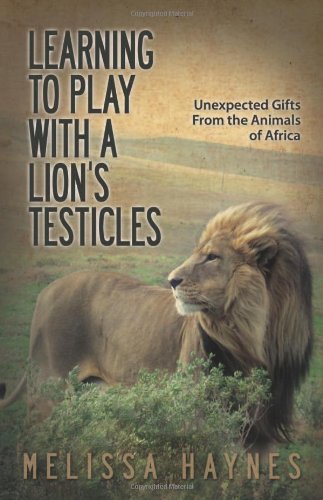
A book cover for Learning to Play With a LionEEs Testicles: Unexpected Gifts From the Animals of Africa; Melissa Haynes; Business & Money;